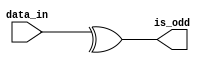
// Copyright 2003 Star Galaxy Publishing

module odd_ones (data_in, is_odd);
  input [5:0] data_in;

  output is_odd;

  assign is_odd = ^data_in;
endmodule